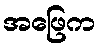
အဖြေက